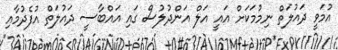
އުމަވީ ދައުލަތް ނިމުމަކަށް އައީ އަލް އަންދުލުސް ގައި އައްބާސީ ދައުލަތް އުފެދުމާއި